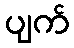
ပျက်